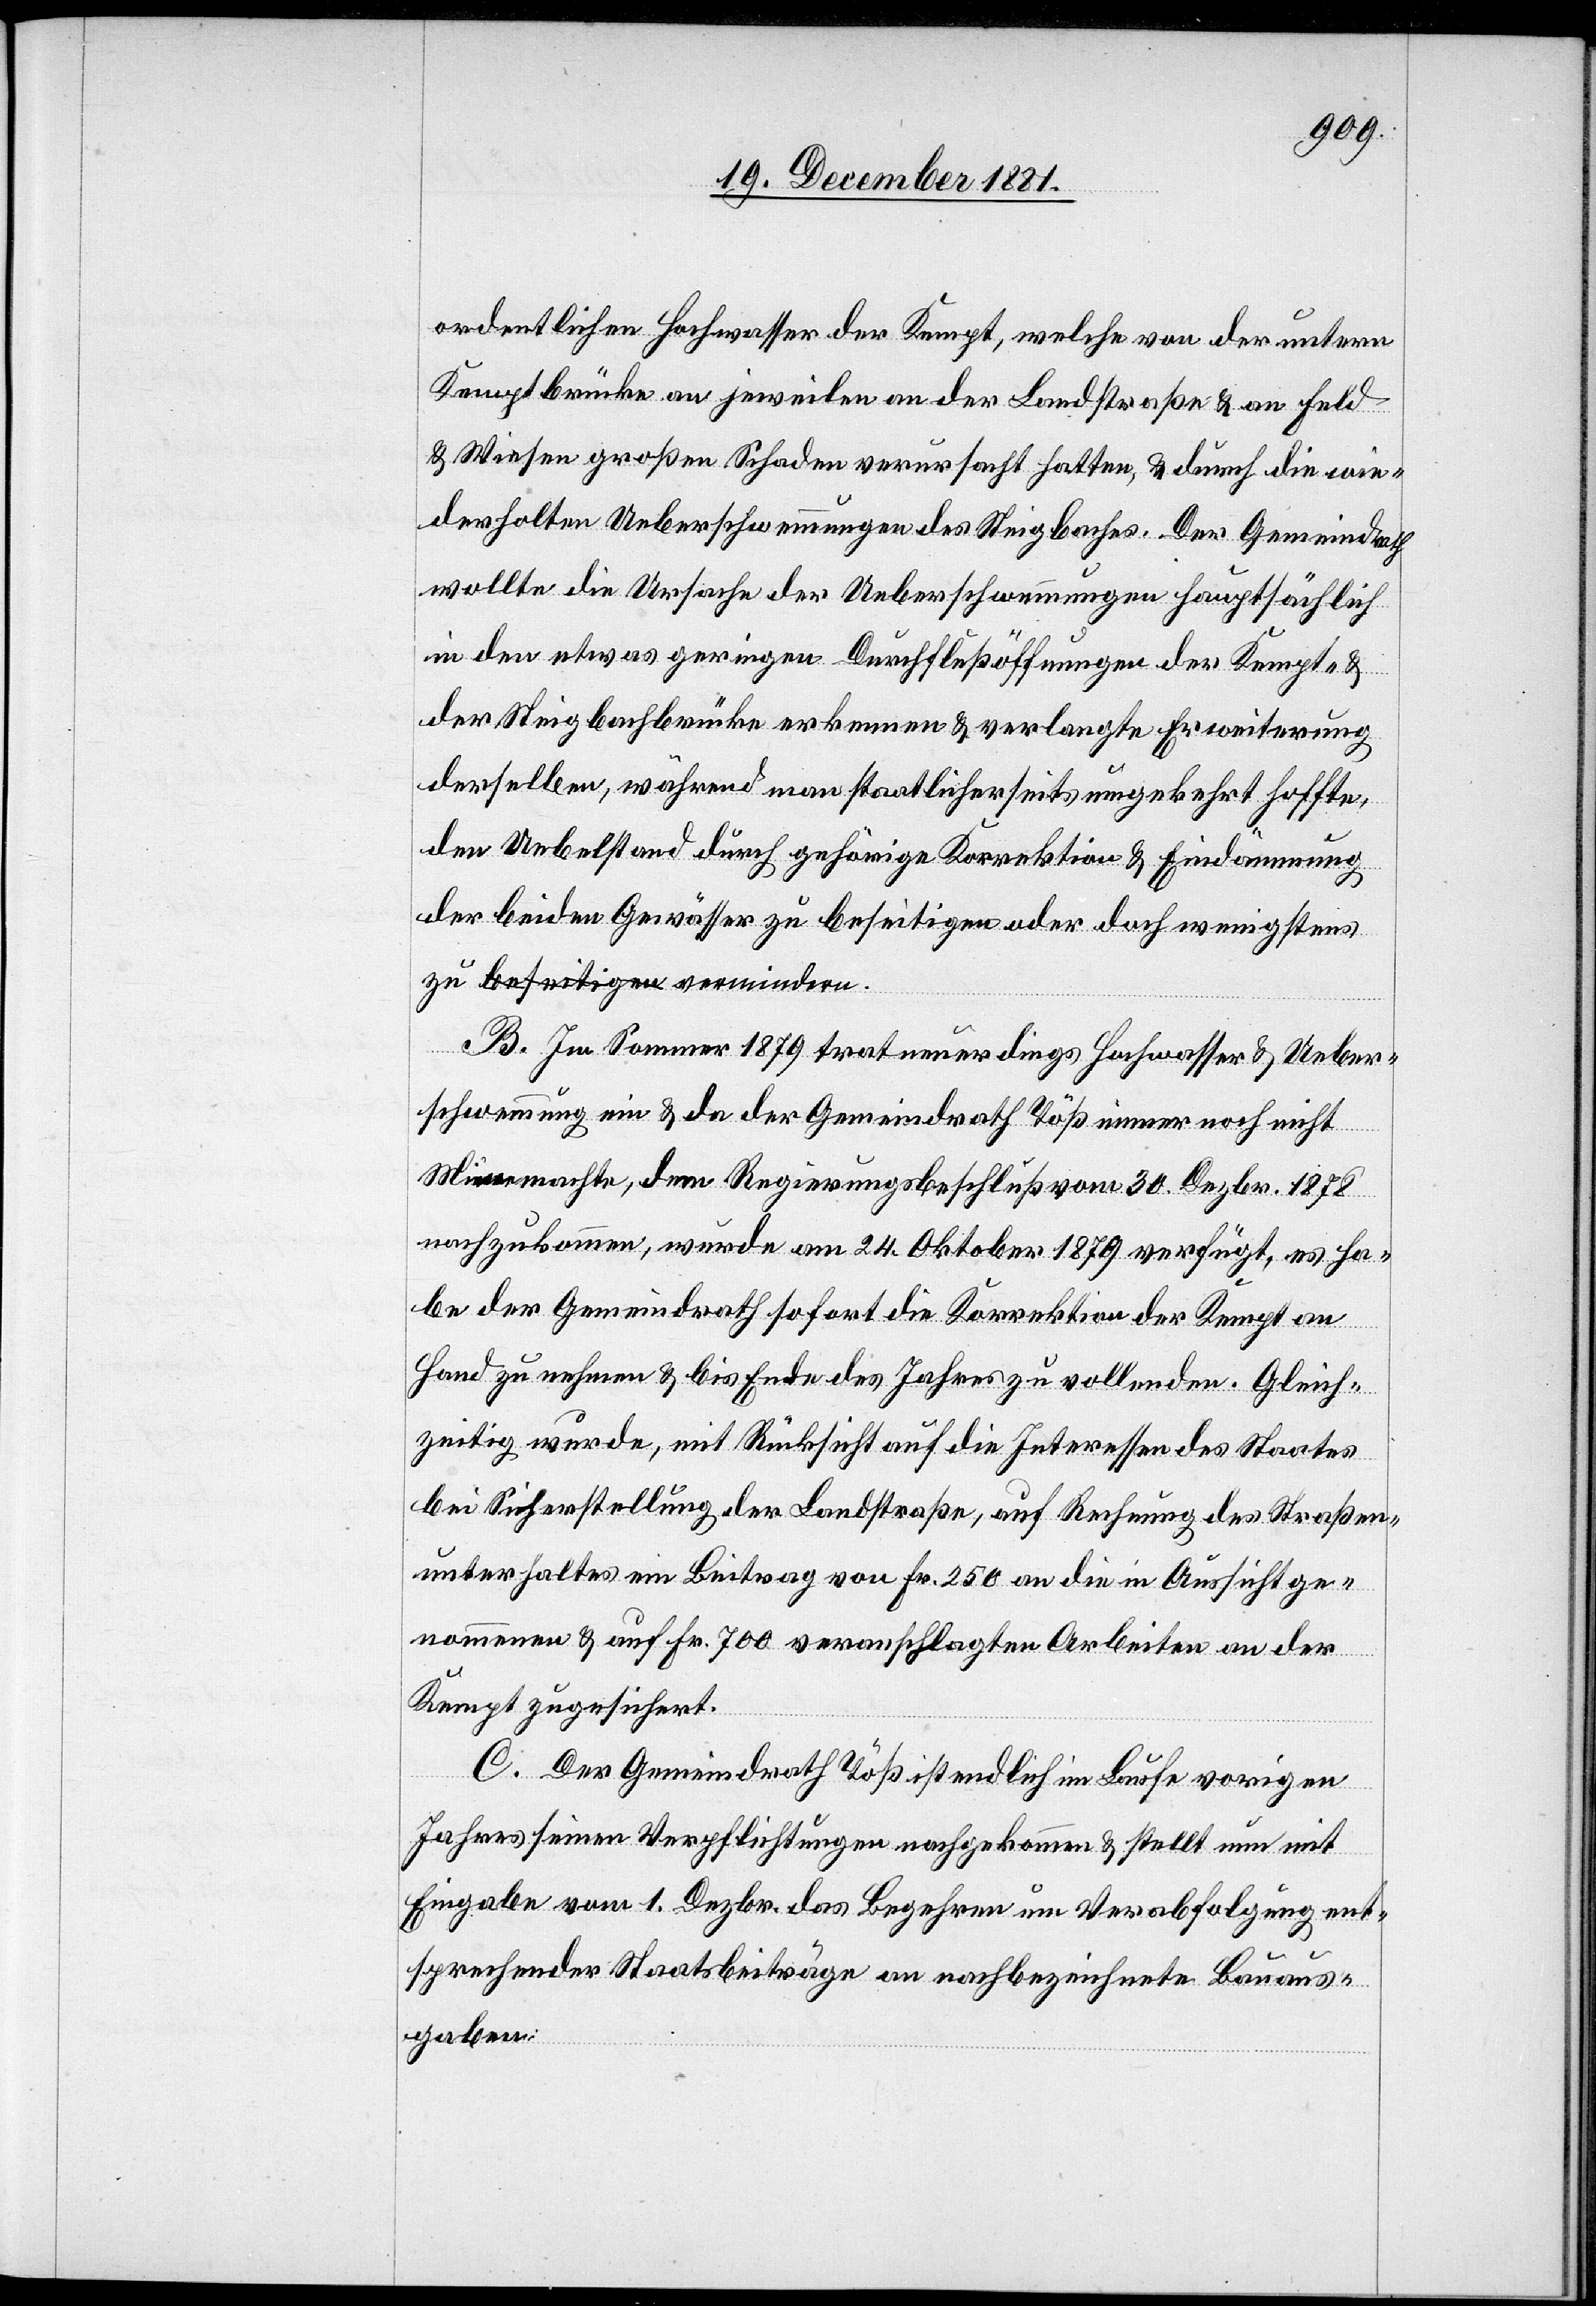
ordentlichen Hochwasser der Kempt, welche von der untern
Kemptbrücke an jeweilen an der Landstraße & an Feld
& Wiesen großen Schaden verursacht hatten, & durch die wie¬
derholten Ueberschwemmungen des Steigbaches. Der Gemeindrath
wollte die Ursache der Ueberschwemmungen hauptsächlich
in den etwas geringen Durchflußöffnungen der Kempt- &
der Steigbachbrücke erkennen & verlangte Erweiterung
derselben, während man staatlicherseits umgekehrt hoffte,
den Uebelstand durch gehörige Korrektion & Eindämmung
der beiden Gewässer zu beseitigen oder doch wenigstens
B. Im Sommer 1879 trat neuerdings Hochwasser & Ueber¬
schwemmung ein & da der Gemeindrath Töß immer noch nicht
Miene machte, dem Regierungsbeschluß vom 30. Dezbr. 1878
nachzukommen, wurde am 24. Oktober 1879 verfügt, es ha¬
be der Gemeindrath sofort die Korrektion der Kempt an
Hand zu nehmen & bis Ende des Jahres zu vollenden. Gleich¬
zeitig wurde, mit Rücksicht auf die Interessen des Staates
bei Sicherstellung der Landstraße, auf Rechnung des Straßen¬
unterhaltes ein Beitrag von Fr. 250 an die in Aussicht ge¬
nommene & auf Fr. 700 veranschlagten Arbeiten an der
dern.
Kempt zugesichert.
C. Der Gemeindrath Töß ist endlich im Laufe vorigen
Jahres seinen Verpflichtungen nachgekommen & stellt nun mit
Eingabe vom 1. Dezbr. das Begehren um Verabfolgung ent¬
sprechender Staatsbeiträge an nachbezeichnete Bauaus¬
gaben: